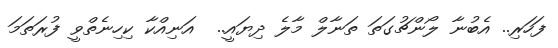
ފަހަރި.. އެބުނާ ލޯންޗުގަތަ ތަނާލް މާލެ ދިޔައީ..  އަނިއްކާ ކިހިނެތްވީ ފުރަތަމަ